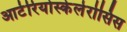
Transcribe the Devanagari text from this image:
आर्टेरियोस्केलेरोसिस